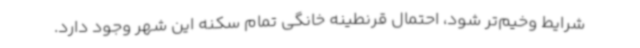
شرایط وخیم‌تر شود، احتمال قرنطینه خانگی تمام سکنه این شهر وجود دارد.